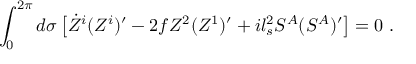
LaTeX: \int _ { 0 } ^ { 2 \pi } d \sigma \left[ \dot { Z } ^ { i } ( Z ^ { i } ) ^ { \prime } - 2 f Z ^ { 2 } ( Z ^ { 1 } ) ^ { \prime } + i l _ { s } ^ { 2 } S ^ { A } ( S ^ { A } ) ^ { \prime } \right] = 0 ~ .